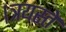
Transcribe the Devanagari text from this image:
।त्रयस्ते